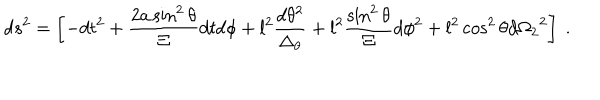
d s ^ { 2 } = \left[ - d t ^ { 2 } + { \frac { 2 a \sin ^ { 2 } { \theta } } { \Xi } } d t d \phi + l ^ { 2 } { \frac { d \theta ^ { 2 } } { \Delta _ { \theta } } } + l ^ { 2 } { \frac { \sin ^ { 2 } { \theta } } { \Xi } } d \phi ^ { 2 } + l ^ { 2 } \cos ^ { 2 } { \theta } d { \Omega _ { 2 } } ^ { 2 } \right] \ .